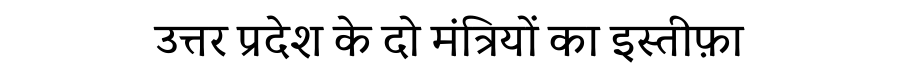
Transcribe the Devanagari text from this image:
उत्तर प्रदेश के दो मंत्रियों का इस्तीफ़ा